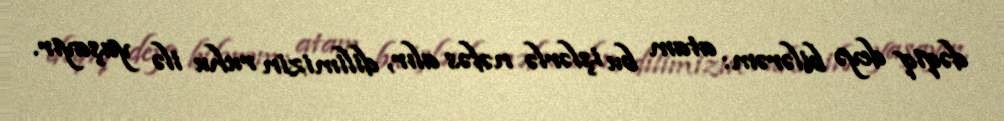
dəqiq deyə bilərəm: atam bu işlərlə nəfəs alır, dilimizin ruhu ilə yaşayır.